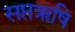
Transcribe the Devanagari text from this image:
सप्तॠषि